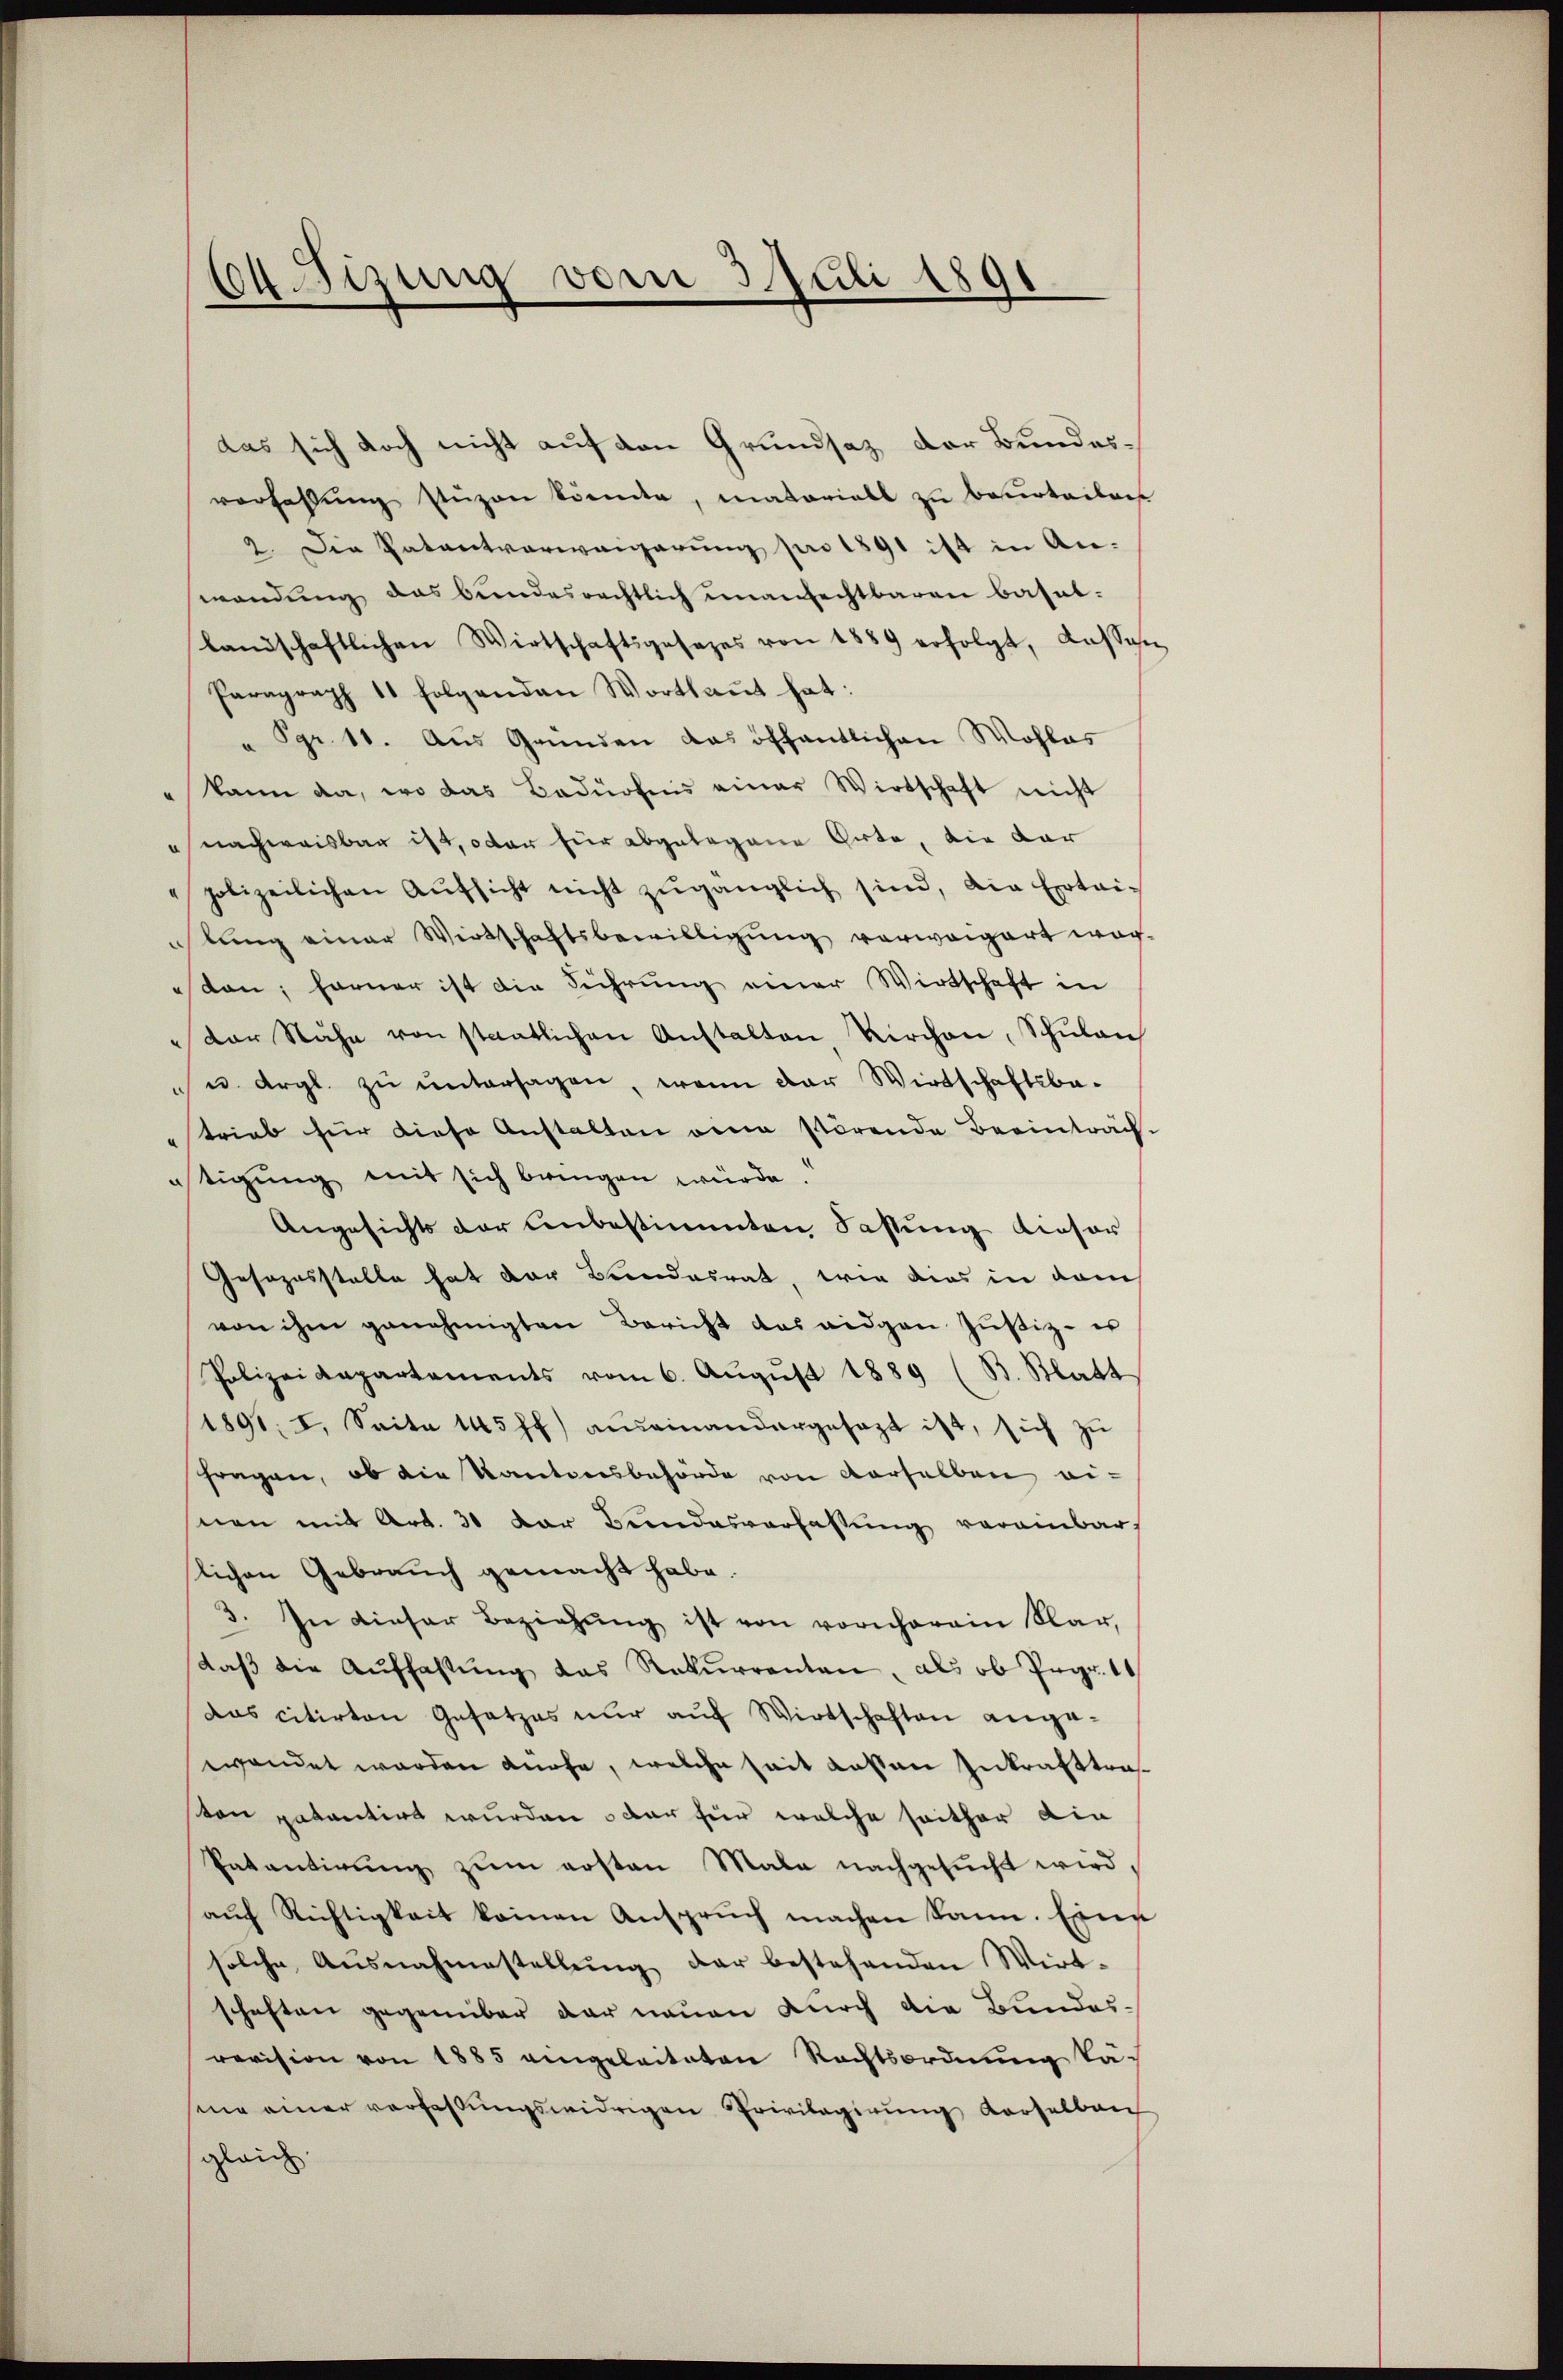
104 Sitzung vom 3. Juli 1891.

das sich doch nicht auf den Grundsaz der Bundesverfahlŭng stüzen könnte, matoriall zu beurteilen
2. Die Patentverweigerung pro 1891 ist in An-
wendŭng das bundesrechtlich unanfechtbaren Basel-
landschaftlichen Wirtschaftsgesezes von 1889 erfolgt, aussen
Paragraph 11 folgenden Wortlaut hat:
" Sgr. 11. Aus Gründen das öffentlichen Wohles
" kann da, wo das Bedürfnis einer Wirtschaft nicht
" nachweisbar ist, oder für abgelegene Gute, die dar
polizeilichen Aŭfsicht nicht zŭgänglich sind, die Ertei-
lung einer Wirtschaftsbewilligung verweigert wertan; ferner ist die Führung einer Wirtschaft in
"der Nähe von staatlichen Anstalten Kirchen, Schŭlan
" u. Argl. zŭ ŭntersagen, wenn der Wirtschaftsbe-
trieb für diese Anstalten eine störende Beeinträch-
nstigŭng mit sich bringen würde.
Angesichts der unbestimmten Fassung dieser
Gesozesstelle hat der Bundesrat, wie dies in dam
von ihm genehmigten Bericht das eidgen Justiz - er
Polizeikapartaments vom 6. August 1889 (B. Blatt
1891; I. Seite 145 ff.) auseinandergesagt ist, sich zŭ
fragen, ob die Kantonsbehörde von derselben einen mit Art. 30 der Bundesverfassung vereinbar,
lichen Gebrauch gemacht habe.
3. In dieser Beziehŭng ist von vornherein klar,
daβ die Aŭfhastŭng das Rekurrenten, als ob Pegr. 11
Das citirten Gesetzes nur auf Wirtschaften angewendet werden Knofe, welche seit dassen Inkrafttravon patentirt wurden oder für welche seither din
Patantirŭng zum ersten Mala nachgesucht wird,
aŭf Richtigkeit keinen Anspruch machen kann. Eine
solche Ausnahmestellŭng der bestehenden Wirt-
schaften gegenüber der neuen durch die Bundesrevision von 1885 eingeleiteten Rechtsordnung kasine einer verfassungswidrigen Privilegirung derselben
gleich